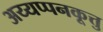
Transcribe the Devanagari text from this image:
अय्यप्पनकूत्तु